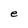
Character: e